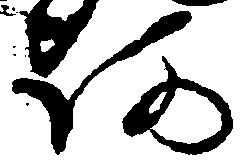
阿